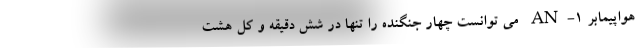
هواپیمابر AN-1 می توانست چهار جنگنده را تنها در شش دقیقه و کل هشت